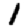
Digit: 1